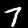
Label: 7